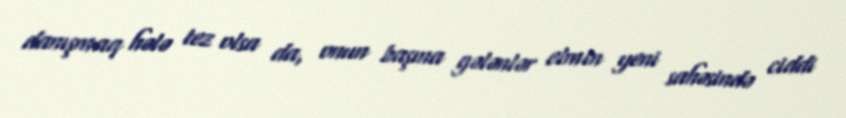
danışmaq hələ tez olsa da, onun başına gələnlər elmin yeni sahəsində ciddi